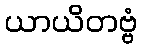
ယာယိတဗ္ဗံ